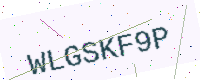
Text: WLGSKF9P